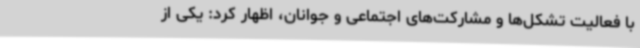
با فعالیت تشکل‌ها و مشارکت‌های اجتماعی و جوانان، اظهار کرد: یکی از